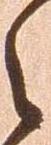
々